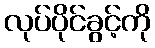
လုပ်ပိုင်ခွင့်ကို